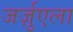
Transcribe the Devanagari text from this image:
जर्ज़ुएला